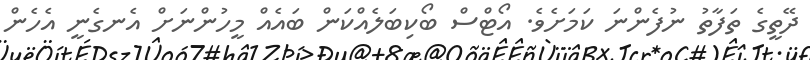
ދޭތީގެ ތަފާތު ނުފެންނަ ކަމަށެވެ. އޯޓްސް ބޯކިބަލެއްކަން ބައެއް މީހުންނަށް އެނގެނީ އެހެން